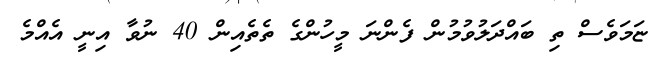
ޏަމަވެސް ތި ބައްދަލުވުމުން ފެންނަ މީހުންގެ ތެތެއިން 40 ނުވާ އިނީ އެއްމެ